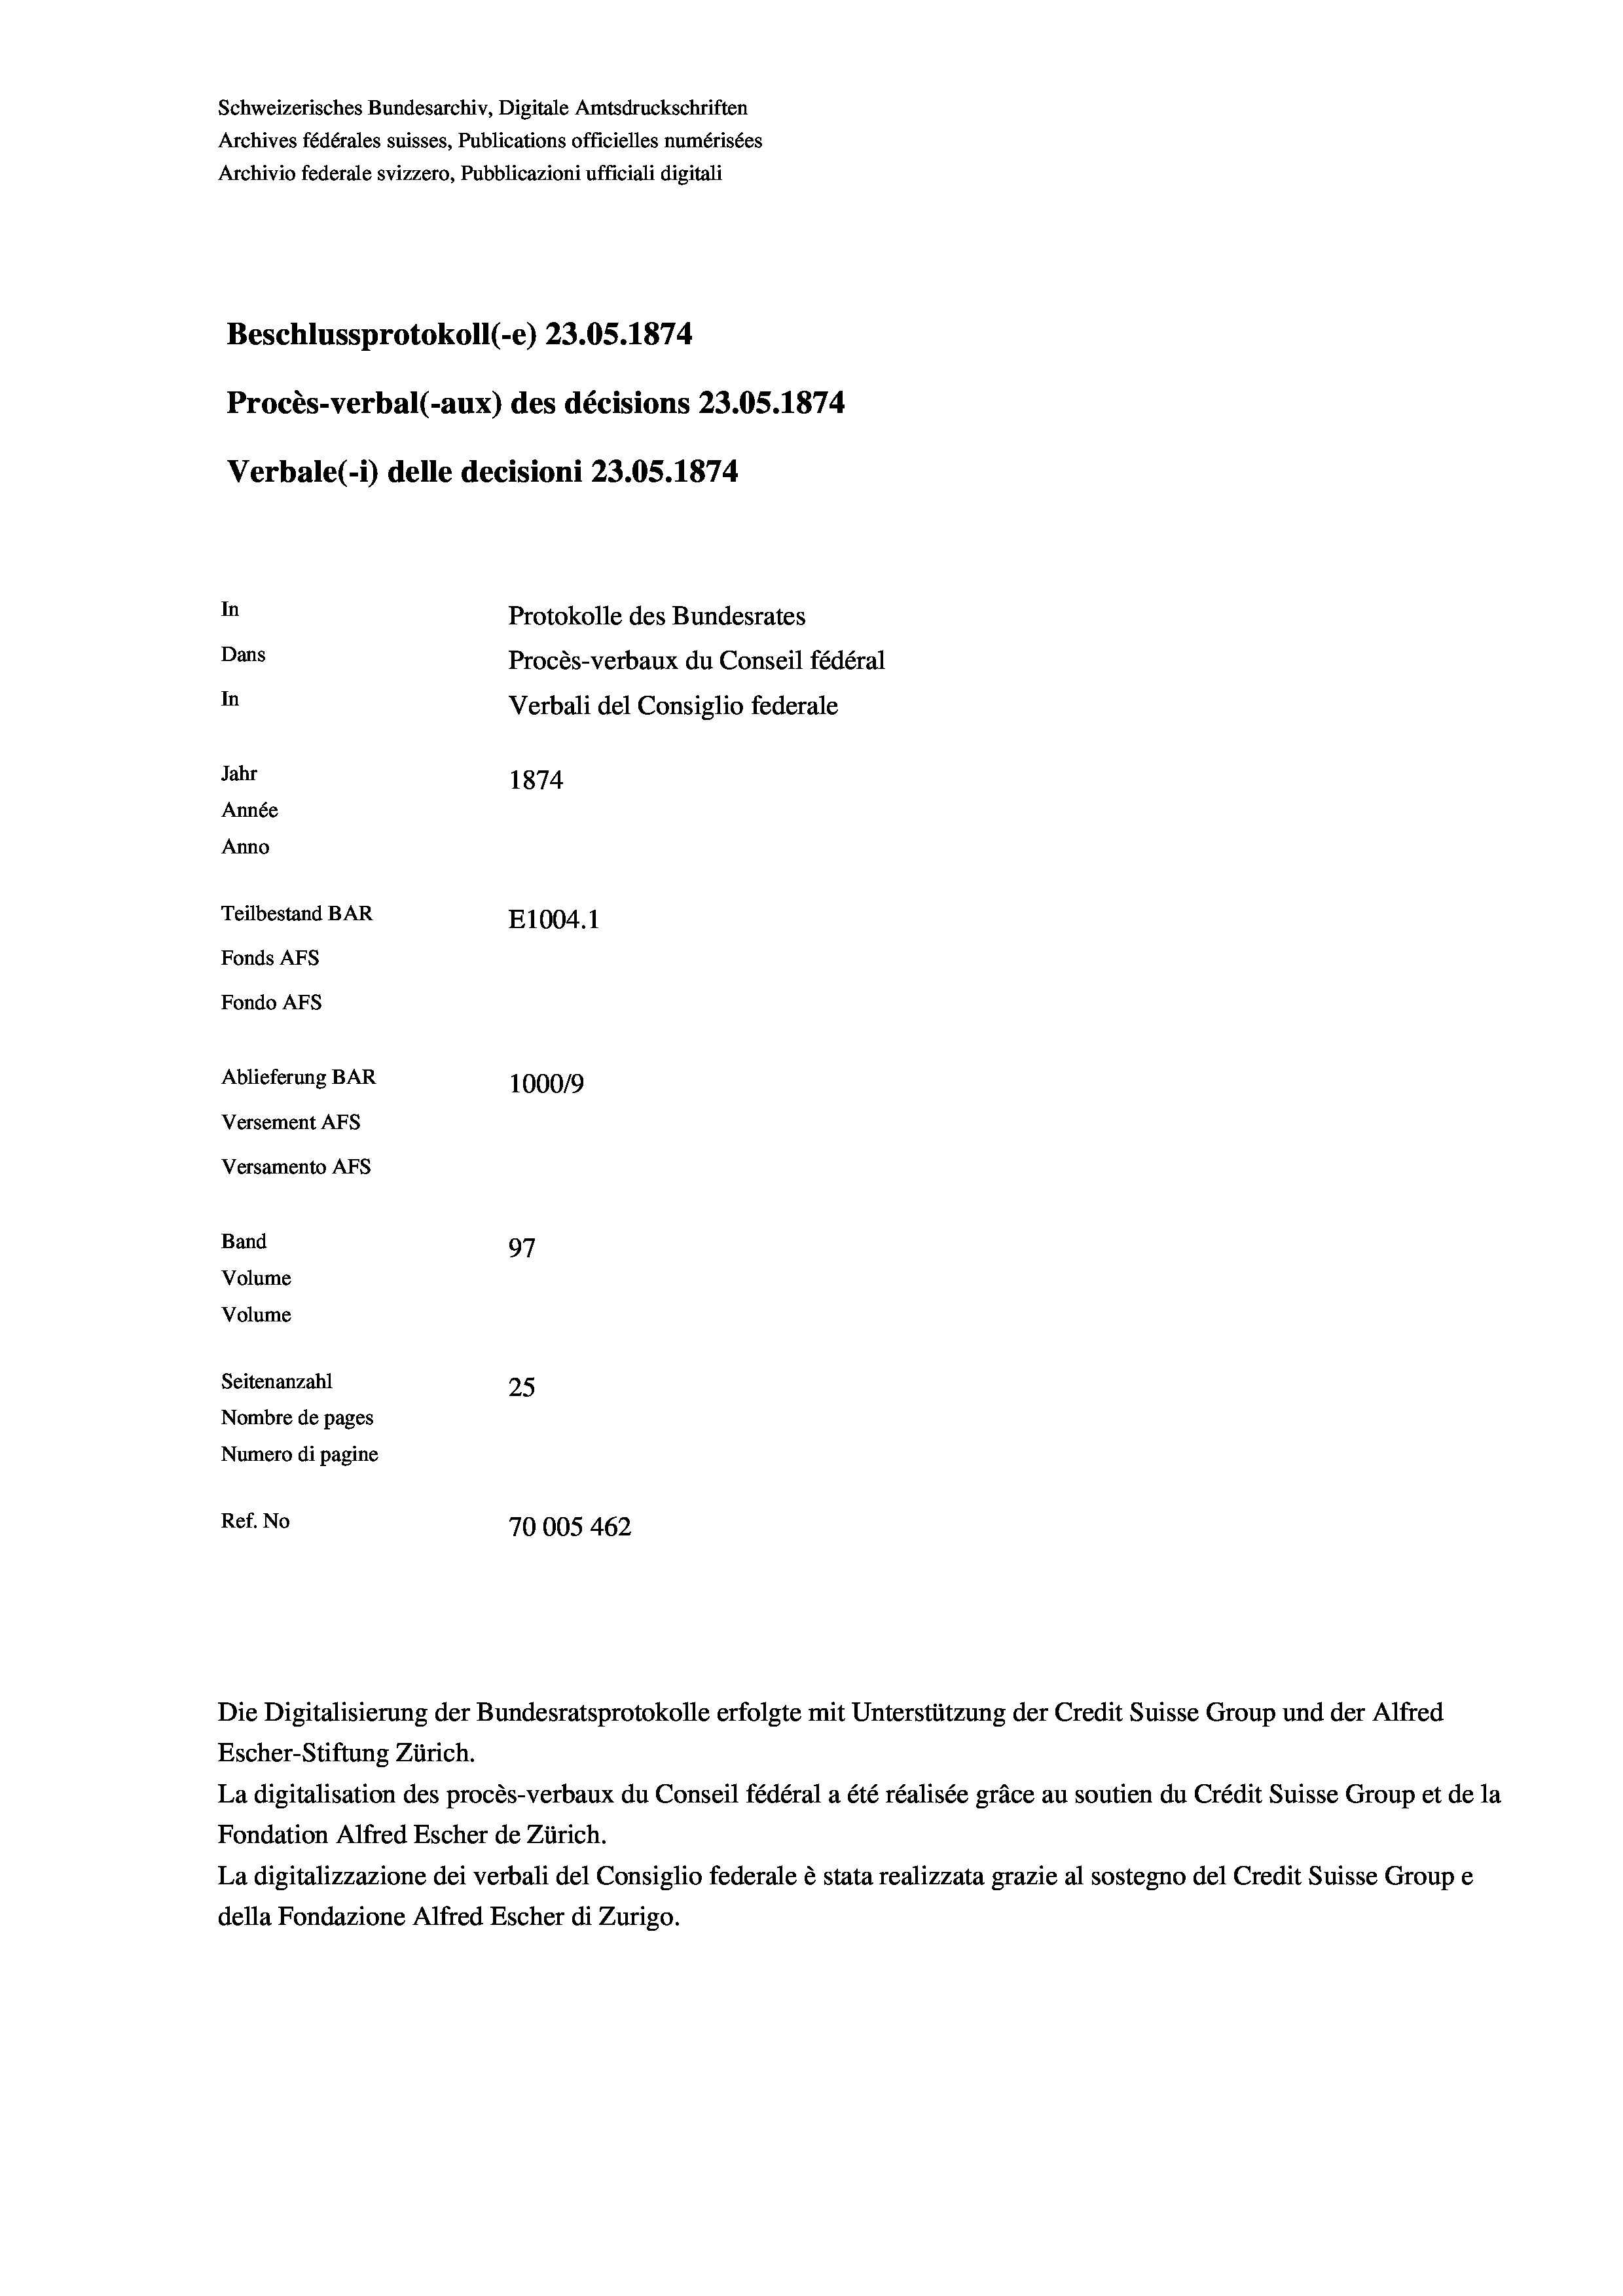
Schweizerisches Bundesarchiv, Digitale Amtsdruckschriften
Archives fédérales suisses, Publications officielles numérisées
Archivio federale svizzero, Pubblicazioni ufficiali digitali
Beschlussprotokoll (-e) 23.05. 1874
Procès-verbal (-aux) des décisions 23.05. 1874
Verbale (1) delle decisioni 23.05. 1874
In
Protokolle des Bundesrates
Dans
Procès-verbaux du Conseil fédéral
In
Verbali del Consiglio federale
Jahr
1874
Année
Anno
Teilbestand BAR
E1004.1
Fonds Afs
Fondo AFs
Ablieferung BAR
100019
Versement Abs
Versamento AFs
Band
97
Volume
Volume
Seitenanzahl
25
Nombre de pages
Numero di pagine
Ref. No
70005462

Escher-Stiftung Zürich.
La digitalisation des procès-verbaux du Conseil fédéral a été réalisée gräce au soutien du Crédit Suisse Group et de la
Fondation Alfred Escher de Zürich.
La digitalizzazione dei verbali del Consiglio federale è stata realizzata grazie al sostegno del Credit Suisse Groupe
della Fondazione Alfred Escher di Zurigo.

Die Digitalisierung der Bundesratsprotokolle erfolgte mit Unterstützung der Credit Suisse Group und der Alfred